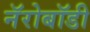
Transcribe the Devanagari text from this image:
नॅरोबॉडी